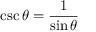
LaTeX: \csc \theta = { \frac { 1 } { \sin \theta } }